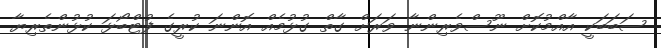
ސަބަބަކީ އާއްމުކޮށް ނޫސްވެރިންނާ ވަރަށް ގާތް ގުޅުމެއް އޮންނަ ކުރީގެ ފުޓްބޯޅަ ކުޅުންތެރިޔާ